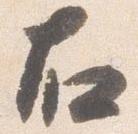
右